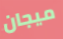
ميجان